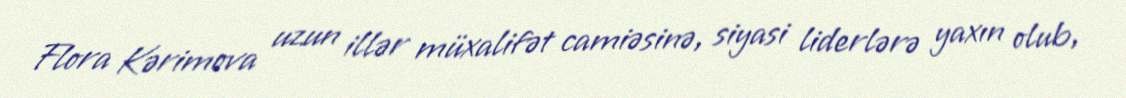
Flora Kərimova uzun illər müxalifət camiəsinə, siyasi liderlərə yaxın olub,